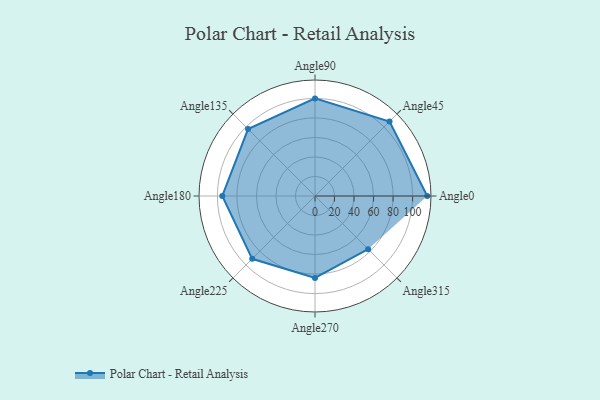
{"axis": {"x": "Angle", "y": "Radius"}, "legend": [""], "data": [{"x": "Angle0", "y": 115.0, "type": ""}, {"x": "Angle45", "y": 108.0, "type": ""}, {"x": "Angle90", "y": 100.0, "type": ""}, {"x": "Angle135", "y": 97.0, "type": ""}, {"x": "Angle180", "y": 95.0, "type": ""}, {"x": "Angle225", "y": 91.0, "type": ""}, {"x": "Angle270", "y": 84.0, "type": ""}, {"x": "Angle315", "y": 77.0, "type": ""}]}